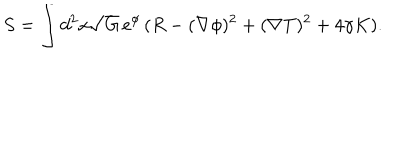
S = \int d ^ { 2 } x \sqrt { G } \, e ^ { \phi } \, ( R - ( \nabla \phi ) ^ { 2 } + ( \nabla T ) ^ { 2 } + 4 \gamma K ) . \nonumber